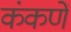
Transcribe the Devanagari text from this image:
कंकणें